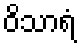
ဝိသာရံ